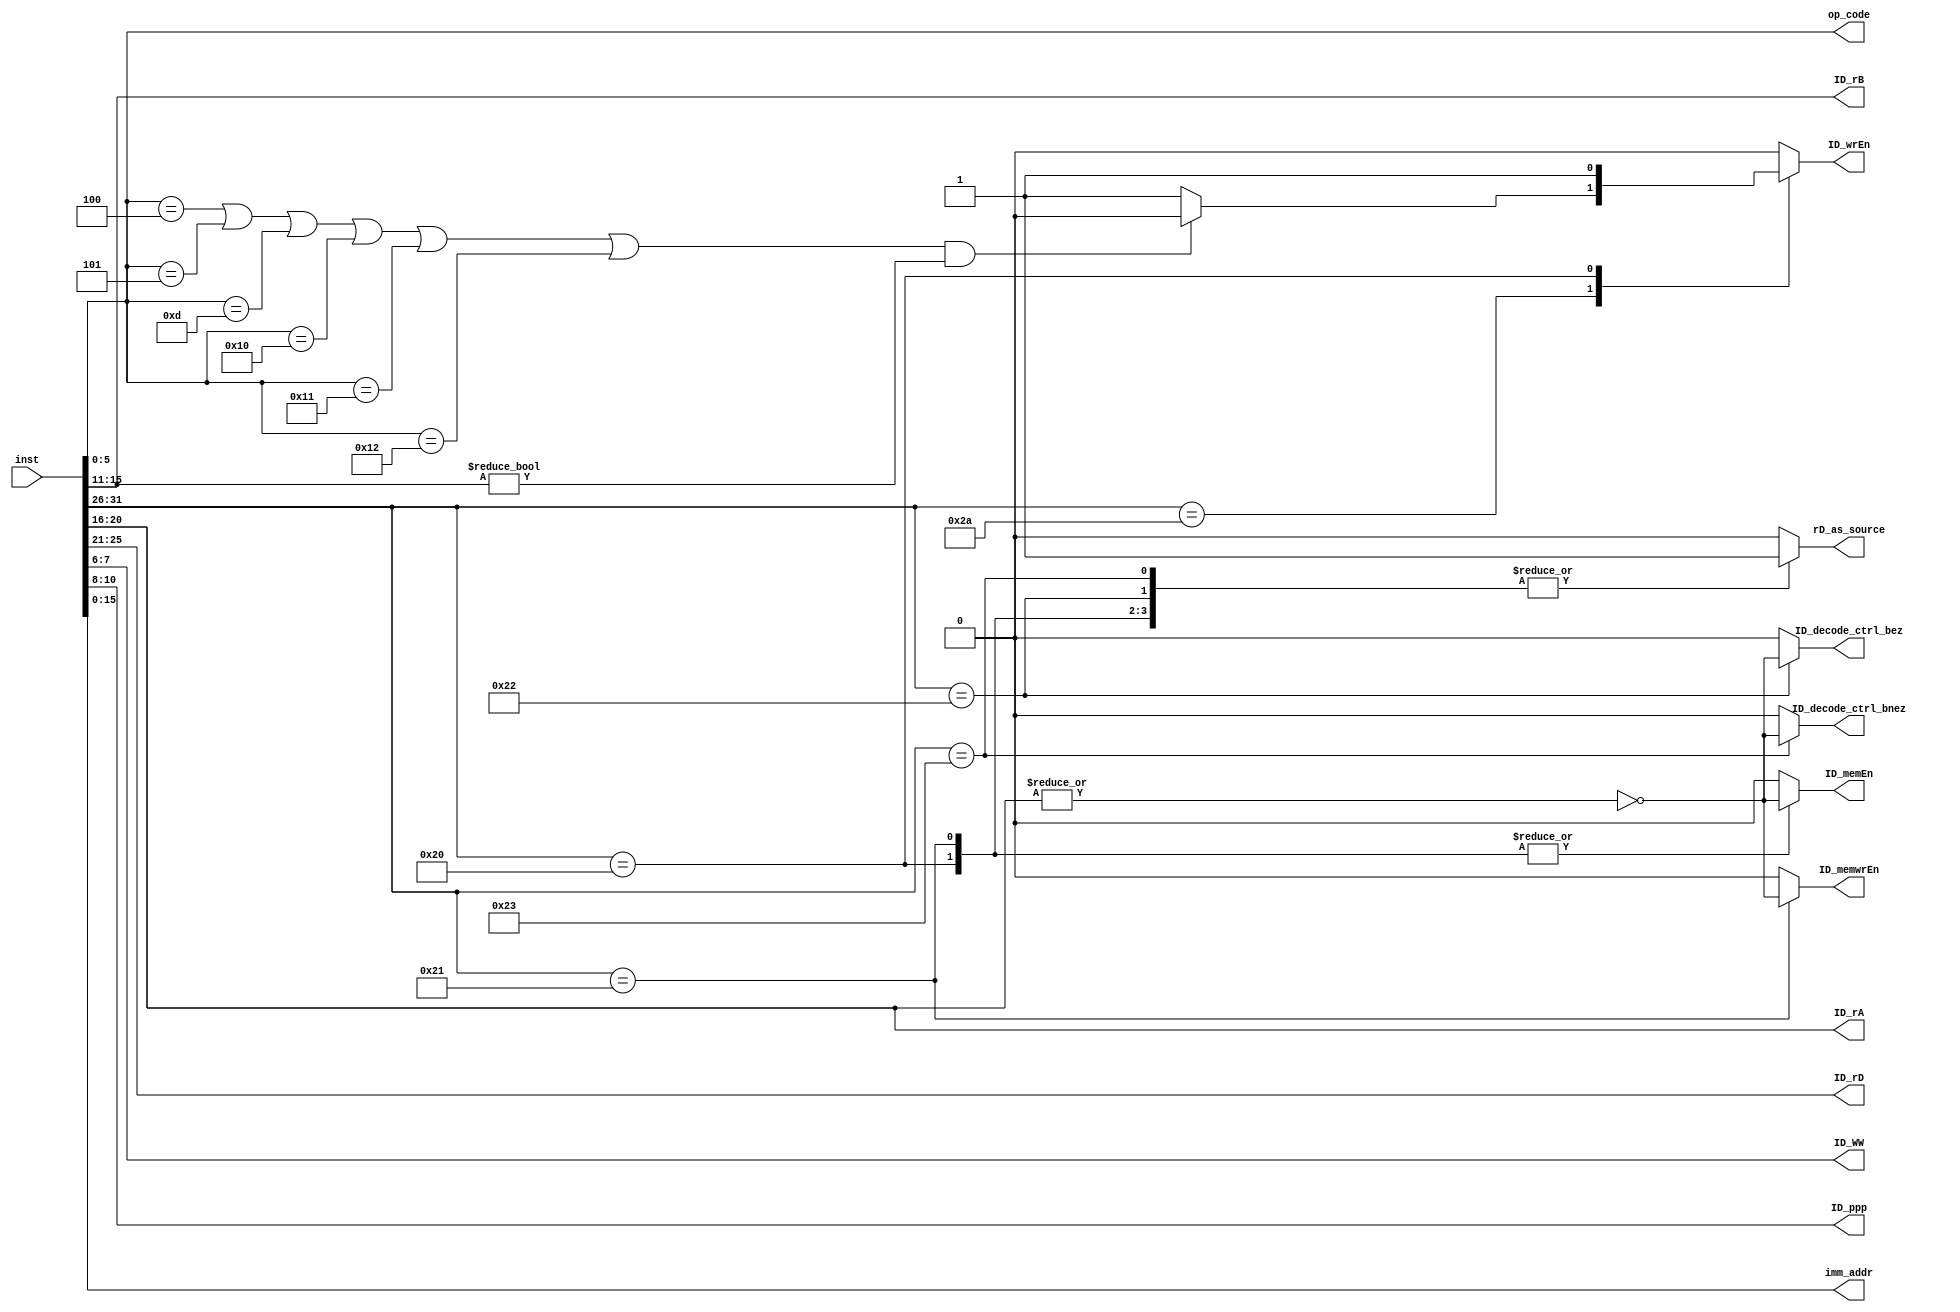
module decode_ctrl (
    inst,
    ID_wrEn,ID_rD,ID_rA,ID_rB,ID_WW, ID_ppp,
    ID_memEn,ID_memwrEn,ID_decode_ctrl_bez,ID_decode_ctrl_bnez,rD_as_source,
    imm_addr,op_code
);
    input wire[0:31] inst;
    output wire [0:4] ID_rD,ID_rA,ID_rB;
    output wire [0:1] ID_WW;
    output wire [0:2] ID_ppp;
    output reg ID_wrEn,ID_memEn,ID_memwrEn,ID_decode_ctrl_bez,ID_decode_ctrl_bnez;
    output reg rD_as_source;
    output wire [0:15] imm_addr;
    output wire [0:5] op_code;

    parameter RTYPE = 6'b101010;
    parameter VLD = 6'b100000;
    parameter VSD = 6'b100001;
    parameter VBEZ = 6'b100010;
    parameter VBNEZ = 6'b100011;
    parameter VNOP = 6'b111100;
    /*
    parameter WW_BYTE = 2'b00;
    parameter WW_HALF = 2'b01;
    parameter WW_WORD = 2'b10;
    parameter WW_DW = 2'b11;
    */

    wire [0:5] type_identifier;

    //general
    assign type_identifier = inst[0:5];
    assign ID_rD = inst[6:10];

    //RTYPE
    assign op_code = inst[26:31];
    
    assign ID_rA = inst[11:15];
    assign ID_rB = inst[16:20];
    assign ID_WW = inst[24:25];
    assign ID_ppp = inst[21:23];
    //MTYPE
    assign imm_addr = inst[16:31];

    // inst decode
    always @(*) begin
        ID_wrEn = 0;
        ID_memEn = 0;
        ID_memwrEn = 0;
        ID_decode_ctrl_bez = 0;
        ID_decode_ctrl_bnez = 0;
        rD_as_source = 0;
        case (type_identifier)
            RTYPE: begin
                if(((op_code == 6'b 000100 )||
                (op_code == 6'b 000101)||
                (op_code == 6'b 001101)||
                (op_code == 6'b 010000)||
                (op_code == 6'b 010001)||
                (op_code == 6'b 010010))
                &&(ID_rB != 5'b 00000))
                begin
                    ID_wrEn = 0;
                    ID_memEn = 0;
                    ID_memwrEn = 0;
                    ID_decode_ctrl_bez = 0;
                    ID_decode_ctrl_bnez = 0;
                    rD_as_source = 0;
                end
                else begin
                    ID_wrEn = 1;
                    ID_memEn = 0;
                    ID_memwrEn = 0;
                    ID_decode_ctrl_bez = 0;
                    ID_decode_ctrl_bnez = 0;
                    rD_as_source = 0;
                end
            end 
            VLD: begin
                ID_wrEn = 1;
                ID_memEn = (!(|ID_rA));
                ID_memwrEn = 0;
                ID_decode_ctrl_bez = 0;
                ID_decode_ctrl_bnez = 0;
                rD_as_source = 1;
            end
            VSD: begin
                ID_wrEn = 0;
                ID_memEn = (!(|ID_rA));
                ID_memwrEn = (!(|ID_rA));
                ID_decode_ctrl_bez = 0;
                ID_decode_ctrl_bnez = 0;
                rD_as_source = 1;
            end 
            VBEZ: begin
                ID_wrEn = 0;
                ID_memEn = 0;
                ID_memwrEn = 0;
                ID_decode_ctrl_bez = (!(|ID_rA));
                ID_decode_ctrl_bnez = 0;
                rD_as_source = 1;
            end
            VBNEZ: begin
                ID_wrEn = 0;
                ID_memEn = 0;
                ID_memwrEn = 0;
                ID_decode_ctrl_bez = 0;
                ID_decode_ctrl_bnez = (!(|ID_rA));
                rD_as_source = 1;
            end 
            VNOP: begin
                ID_wrEn = 0;
                ID_memEn = 0;
                ID_memwrEn = 0;
                ID_decode_ctrl_bez = 0;
                ID_decode_ctrl_bnez = 0;
                rD_as_source = 0;
            end
            default: begin
                ID_wrEn = 0;
                ID_memEn = 0;
                ID_memwrEn = 0;
                ID_decode_ctrl_bez = 0;
                ID_decode_ctrl_bnez = 0;
                rD_as_source = 0;
            end
        endcase
    end
endmodule